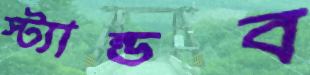
স্ট্যান্ডব